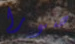
صورا